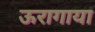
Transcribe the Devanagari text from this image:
ऊरागाया